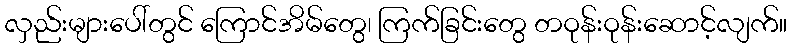
လှည်းများပေါ်တွင် ကြောင်အိမ်တွေ၊ ကြက်ခြင်းတွေ တဝုန်းဝုန်းဆောင့်လျက်။